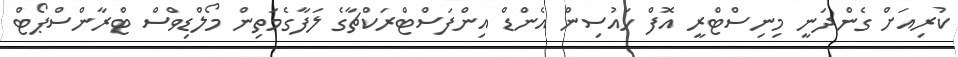
ކުރިއަށް ގެންދަނީ މިނިސްޓްރީ އޮފް ހައުސިން އެންޑް އިންފަސްޓްރަކްޗާގެ ލަފާގެމަތިން މޯލްޑިވްސް ޓްރާންސްޕޯޓް